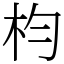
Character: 枃